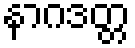
နာဂဒတ္တ